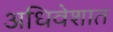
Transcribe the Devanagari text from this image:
अधिवेशात